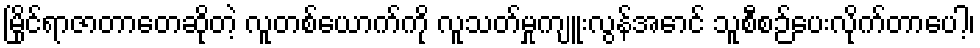
မြိုင်ရာဇာတာတေဆိုတဲ့ လူတစ်ယောက်ကို လူသတ်မှုကျူးလွန်အောင် သူစီစဉ်ပေးလိုက်တာပေါ့၊